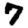
Digit: 7